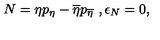
N = \eta p _ { \eta } - \overline { { \eta } } p _ { \overline { { \eta } } } \ , \epsilon _ { N } = 0 ,